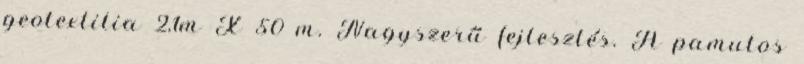
geotextilia 2,1m X 50 m. Nagyszerű fejlesztés. A pamutos